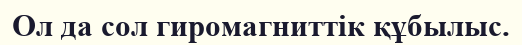
Ол да сол гиромагниттік құбылыс.